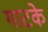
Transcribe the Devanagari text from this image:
गाटके